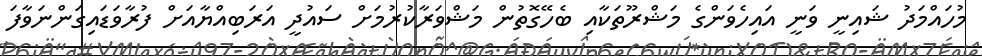
މުހައްމަދު ޝައިނީ ވަނީ އައިހެވަންގެ މަޝްރޫތަކާއި ބެހޭގޮތުން މަޝްވަރާކުރުމަށް ސައުދީ އަރަބިއްޔާއަށް ފުރާވަޑައިގަންނަވާފަ